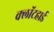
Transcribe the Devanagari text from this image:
क्लॉटहार्ड